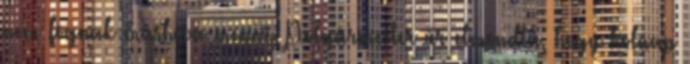
nem fognak máshova menni. Polgármester úr elmondta, hogy holnap